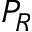
P _ { R }